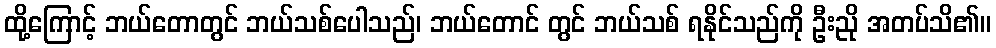
ထို့ကြောင့် ဘယ်တောတွင် ဘယ်သစ်ပေါသည်၊ ဘယ်တောင် တွင် ဘယ်သစ် ရနိုင်သည်ကို ဦးညို အတပ်သိ၏။